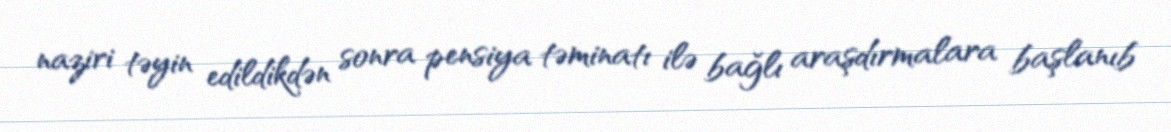
naziri təyin edildikdən sonra pensiya təminatı ilə bağlı araşdırmalara başlanıb